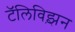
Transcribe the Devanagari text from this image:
टॅलिविझ़न